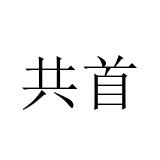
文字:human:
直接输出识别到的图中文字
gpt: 共首